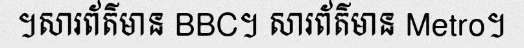
។សារព័ត៌មាន BBC។ សារព័ត៌មាន Metro។